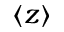
\langle z \rangle